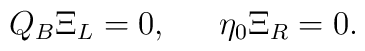
Q_B \Xi_L =0, \,\,\,\,\,\,\,\,\, \eta_0 \Xi_R =0.